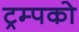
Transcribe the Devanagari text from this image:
ट्रम्पको